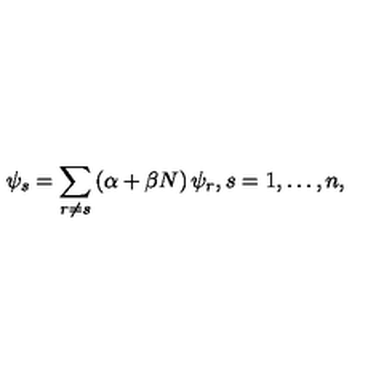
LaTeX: \psi _ { s } = \sum _ { r \ne s } \left( \alpha + \beta N \right) \psi _ { r } , s = 1 , \ldots , n ,